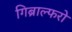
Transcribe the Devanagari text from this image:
गिब्राल्फरो